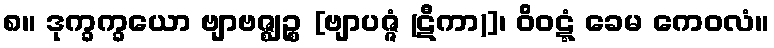
၈။ ဒုက္ခက္ခယော ဗျာဗဇ္ဈဉ္စ [ဗျာပဇ္ဇံ (ဋီကာ)]၊ ဝိဝဋ္ဋံ ခေမ ကေဝလံ။